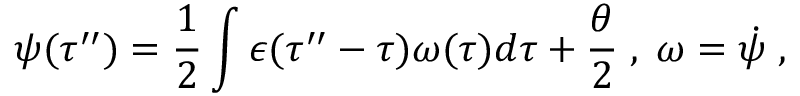
\psi ( \tau ^ { \prime \prime } ) = \frac { 1 } { 2 } \int \epsilon ( \tau ^ { \prime \prime } - \tau ) \omega ( \tau ) d \tau + \frac { \theta } { 2 } \; , \; \omega = { \dot { \psi } } \; ,